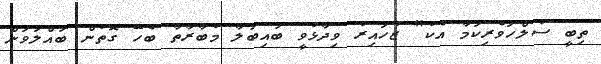
ތިބީ ސުލްހަވެރިކަމާ އެކު" ޒުހައިރު ވިދާޅުވީ ބައިބަލާ މުބާރާތާ ބެހޭ ގޮތުން ބައްލަވަން